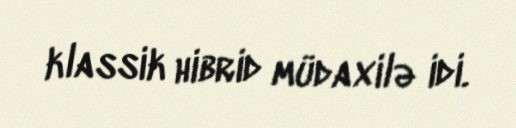
klassik hibrid müdaxilə idi.